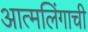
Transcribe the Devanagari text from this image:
आत्मलिंगाची